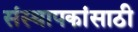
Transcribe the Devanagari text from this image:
संस्थापकांसाठी